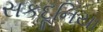
સકદૂનિયા